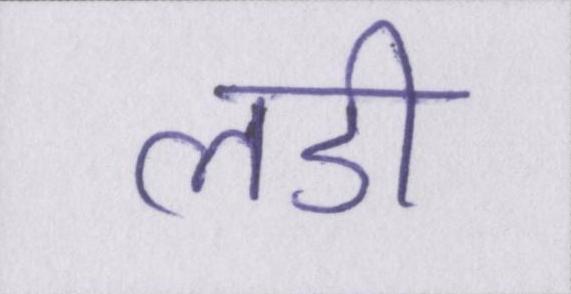
लडी